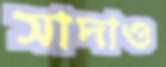
সাদাও